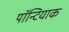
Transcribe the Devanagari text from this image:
पॉन्टियाक